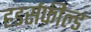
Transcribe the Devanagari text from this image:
हडर्सफ़ील्ड